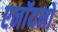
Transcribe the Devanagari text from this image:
एनॉयनों